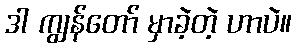
ဒါ ကျွန်တော် မှာခဲ့တဲ့ ဟာပဲ။